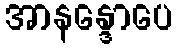
အာနန္ဒောပေ